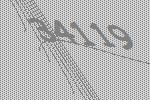
34119